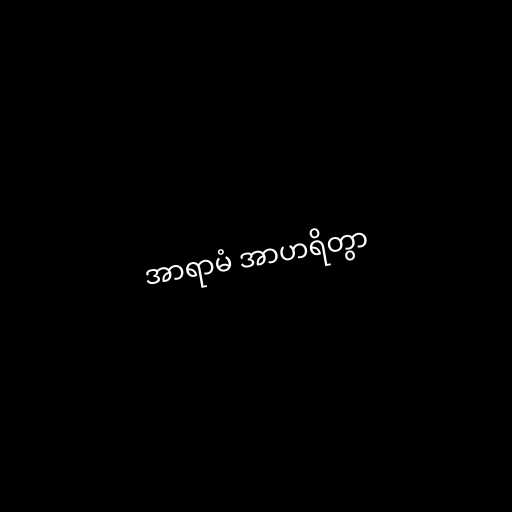
အာရာမံ အာဟရိတွာ